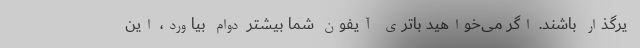
یرگذار باشند. اگر می‌خواهید باتری آیفون شما بیشتر دوام بیاورد، این